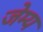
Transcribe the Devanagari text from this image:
जेम्य